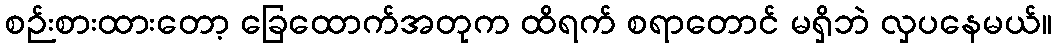
စဉ်းစားထားတော့ ခြေထောက်အတုက ထိရက် စရာတောင် မရှိဘဲ လှပနေမယ်။